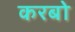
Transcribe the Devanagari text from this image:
करबो